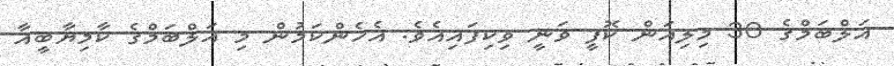
އަލްބަމްގެ 30 މިލިއަން ކޮފީ ވަނީ ވިކިފައިއެވެ. އެހެންކަމުން މި އަލްބަމްގެ ކާމިޔާބީއާ